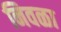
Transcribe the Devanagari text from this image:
निवळा